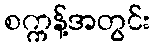
စက္ကန့်အတွင်း